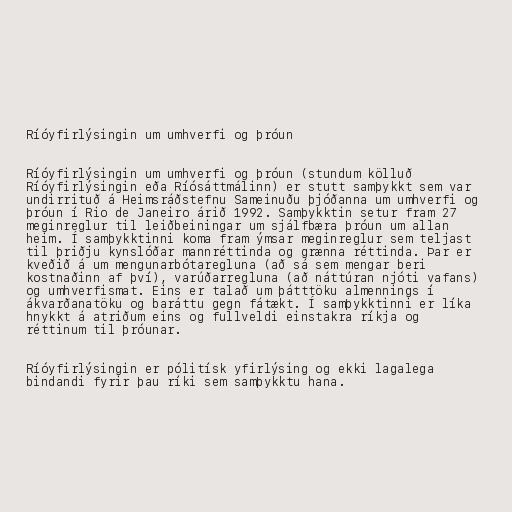
Ríóyfirlýsingin um umhverfi og þróun

Ríóyfirlýsingin um umhverfi og þróun (stundum kölluð
Ríóyfirlýsingin eða Ríósáttmálinn) er stutt samþykkt sem var
undirrituð á Heimsráðstefnu Sameinuðu þjóðanna um umhverfi og
þróun í Rio de Janeiro árið 1992. Samþykktin setur fram 27
meginreglur til leiðbeiningar um sjálfbæra þróun um allan
heim. Í samþykktinni koma fram ýmsar meginreglur sem teljast
til þriðju kynslóðar mannréttinda og grænna réttinda. Þar er
kveðið á um mengunarbótaregluna (að sá sem mengar beri
kostnaðinn af því), varúðarregluna (að náttúran njóti vafans)
og umhverfismat. Eins er talað um þátttöku almennings í
ákvarðanatöku og baráttu gegn fátækt. Í samþykktinni er líka
hnykkt á atriðum eins og fullveldi einstakra ríkja og
réttinum til þróunar.

Ríóyfirlýsingin er pólitísk yfirlýsing og ekki lagalega
bindandi fyrir þau ríki sem samþykktu hana.